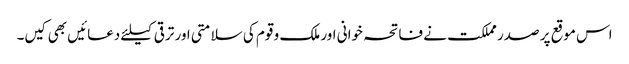
اس موقع پر صدر مملکت نے فاتحہ خوانی اور ملک و قوم کی سلامتی اور ترقی کیلئے دعائیں بھی کیں۔